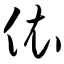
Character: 依